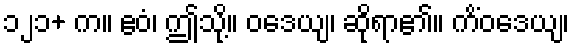
၁၂၁+ က။ ဧဝံ၊ ဤသို့။ ဝဒေယျ၊ ဆိုရာ၏။ ကိံဝဒေယျ၊